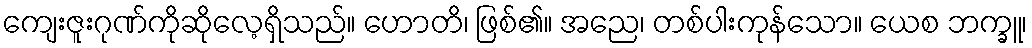
ကျေးဇူးဂုဏ်ကိုဆိုလေ့ရှိသည်။ ဟောတိ၊ ဖြစ်၏။ အညေ၊ တစ်ပါးကုန်သော။ ယေစ ဘက္ခူ၊